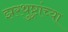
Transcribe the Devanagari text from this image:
झरथुष्ट्रांच्या